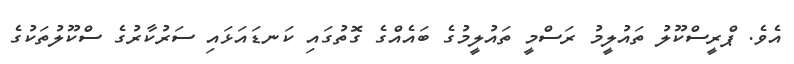
އެވެ. ޕްރީސްކޫލު ތައުލީމު ރަސްމީ ތައުލީމުގެ ބައެއްގެ ގޮތުގައި ކަނޑައަޅައި ސަރުކާރުގެ ސްކޫލުތަކުގެ